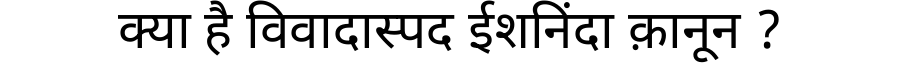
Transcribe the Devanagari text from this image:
क्या है विवादास्पद ईशनिंदा क़ानून ?